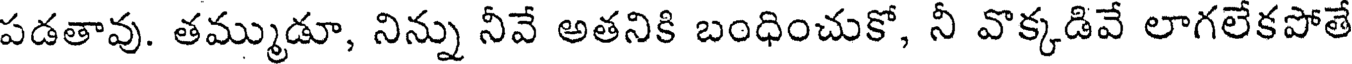
పడతావు. తమ్ముడూ, నిన్ను నీవే అతనికి బంధించుకో, నీ వొక్కడివే లాగలేకపోతే